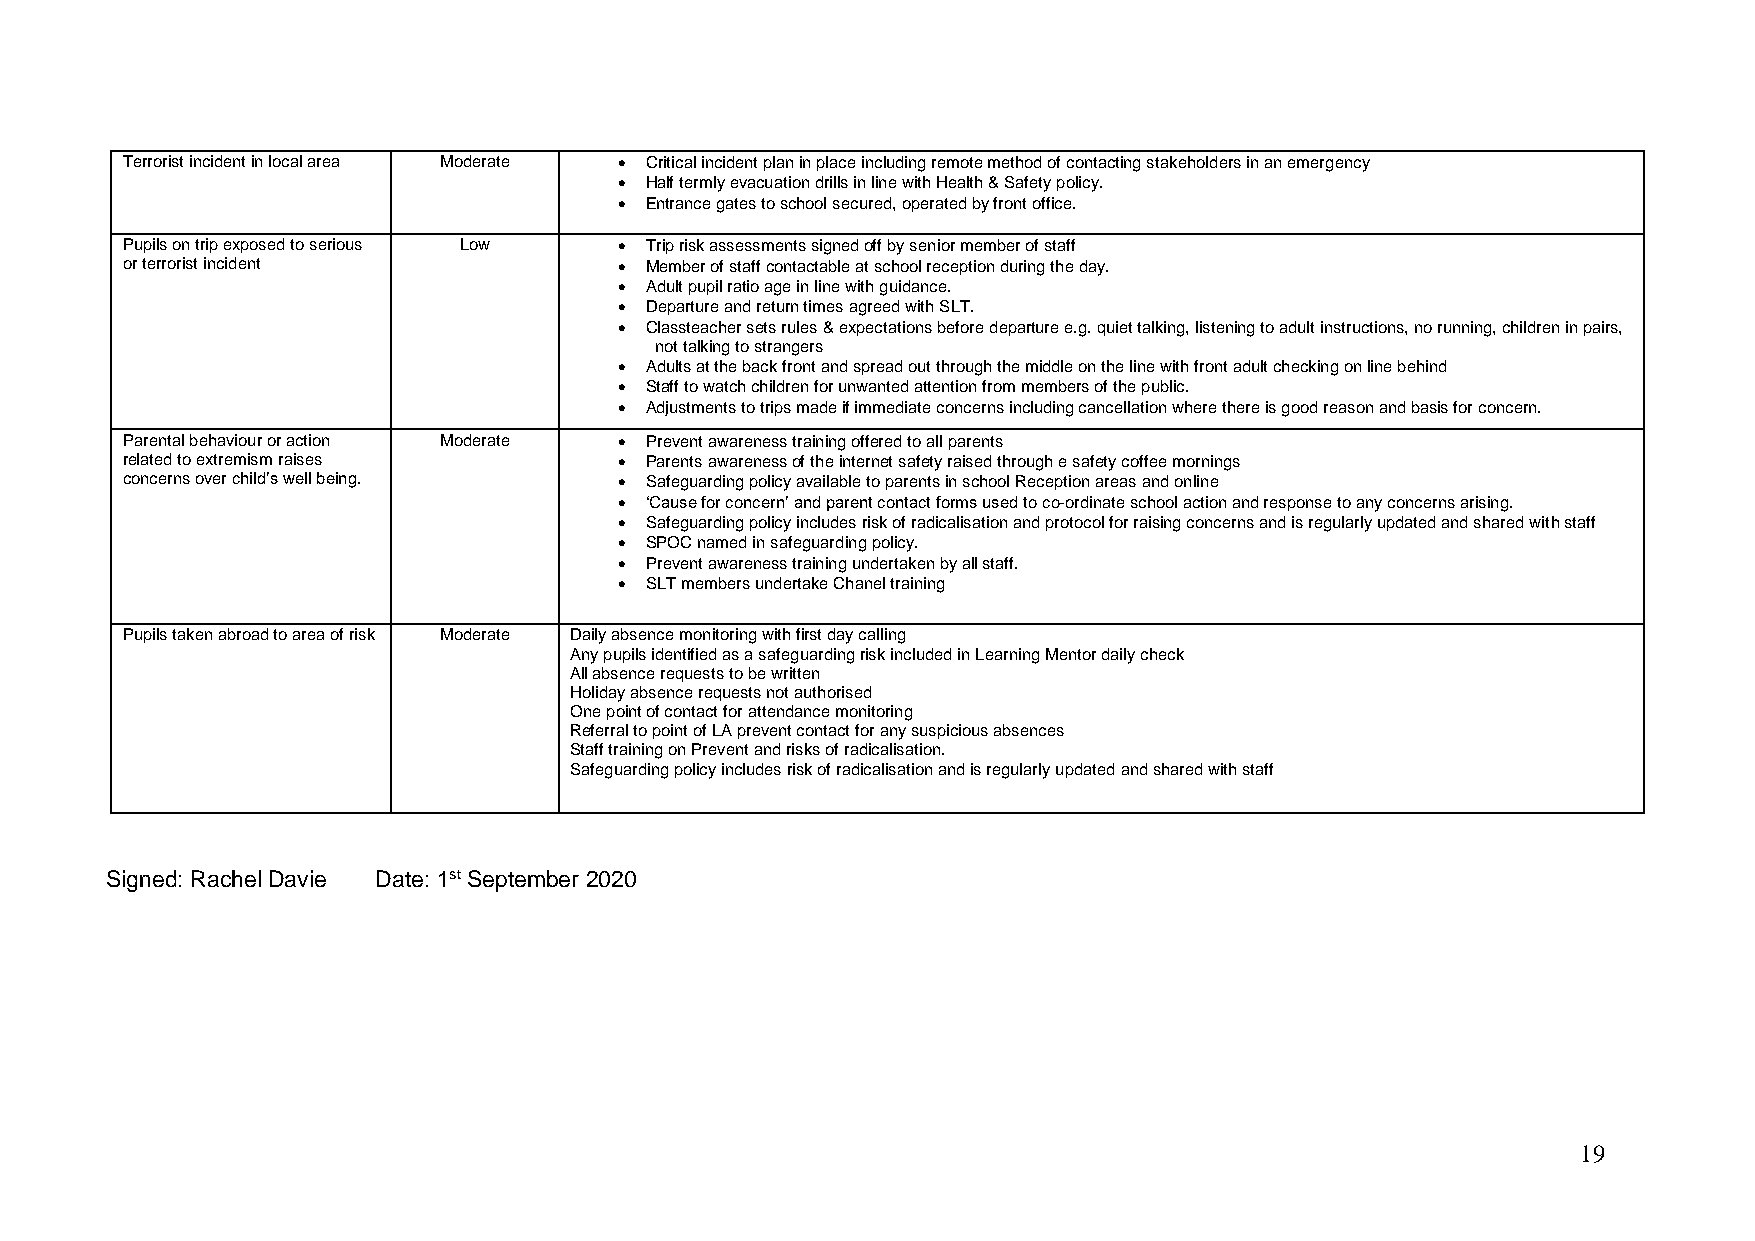
Terrorist incident in local area Moderate  Critical incident plan in place including remote method of contacting stakeholders in an emergency
  Half termly evacuation drills in line with Health & Safety policy.
  Entrance gates to school secured, operated by front office.
 Pupils on trip exposed to serious Low  Trip risk assessments signed off by senior member of staff
 or terrorist incident             Member of staff contactable at school reception during the day.
  Adult pupil ratio age in line with guidance.
  Departure and return times agreed with SLT.
  Classteacher sets rules & expectations before departure e.g. quiet talking, listening to adult instructions, no running, children in pairs,
 not talking to strangers
  Adults at the back front and spread out through the middle on the line with front adult checking on line behind
  Staff to watch children for unwanted attention from members of the public.
  Adjustments to trips made if immediate concerns including cancellation where there is good reason and basis for concern.
 Parental behaviour or action Moderate  Prevent awareness training offered to all parents
 related to extremism raises       Parents awareness of the internet safety raised through e safety coffee mornings
 concerns over child’s well being.  Safeguarding policy available to parents in school Reception areas and online
  ‘Cause for concern’ and parent contact forms used to co-ordinate school action and response to any concerns arising.
  Safeguarding policy includes risk of radicalisation and protocol for raising concerns and is regularly updated and shared with staff
  SPOC named in safeguarding policy.
  Prevent awareness training undertaken by all staff.
  SLT members undertake Chanel training
 Pupils taken abroad to area of risk Moderate Daily absence monitoring with first day calling
 Any pupils identified as a safeguarding risk included in Learning Mentor daily check
 All absence requests to be written
 Holiday absence requests not authorised
 One point of contact for attendance monitoring
 Referral to point of LA prevent contact for any suspicious absences
 Staff training on Prevent and risks of radicalisation.
 Safeguarding policy includes risk of radicalisation and is regularly updated and shared with staff
 Signed: Rachel Davie Date: 1st September 2020
 19